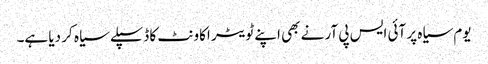
یوم سیاہ پر آئی ایس پی آر نے بھی اپنے ٹویٹر اکاونٹ کا ڈسپلے سیاہ کر دیا ہے۔